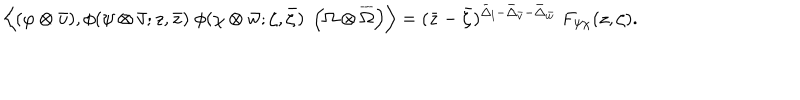
\left\langle ( \varphi \otimes \bar { u } ) , \phi ( \psi \otimes \bar { v } ; z , \bar { z } ) \; \phi ( \chi \otimes \bar { w } ; \zeta , \bar { \zeta } ) \; \left( \Omega \otimes \overline { { { \Omega } } } \right) \right\rangle = ( \bar { z } - \bar { \zeta } ) ^ { \bar { \Delta } _ { l } - \bar { \Delta } _ { \bar { v } } - \bar { \Delta } _ { \bar { w } } } \; F _ { \psi \chi } ( z , \zeta ) .